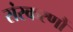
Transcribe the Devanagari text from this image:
संस्करणौं